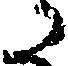
た